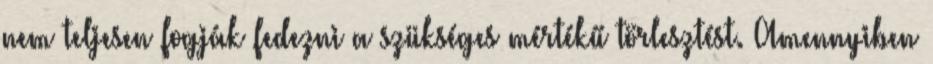
nem teljesen fogják fedezni a szükséges mértékű törlesztést. Amennyiben